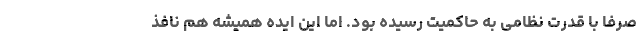
صرفا با قدرت نظامی به حاکمیت رسیده بود. اما این ایده همیشه هم نافذ